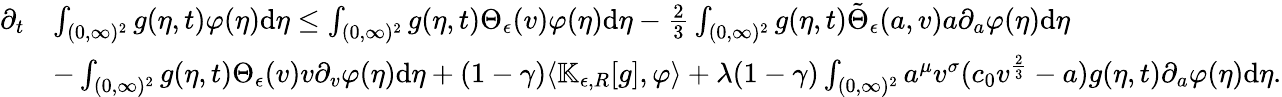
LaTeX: \begin{array}{rl}{\partial_{t}}&{\int_{(0,\infty)^{2}}g(\eta,t)\varphi(\eta)\textup{d}\eta\leq\int_{(0,\infty)^{2}}g(\eta,t)\Theta_{\epsilon}(v)\varphi(\eta)\textup{d}\eta-\frac{2}{3}\int_{(0,\infty)^{2}}g(\eta,t)\tilde{\Theta}_{\epsilon}(a,v)a\partial_{a}\varphi(\eta)\textup{d}\eta}\\ &{-\int_{(0,\infty)^{2}}g(\eta,t)\Theta_{\epsilon}(v)v\partial_{v}\varphi(\eta)\textup{d}\eta+(1-\gamma)\langle\mathbb{K}_{\epsilon,R}[g],\varphi\rangle+\lambda(1-\gamma)\int_{(0,\infty)^{2}}a^{\mu}v^{\sigma}(c_{0}v^{\frac{2}{3}}-a)g(\eta,t)\partial_{a}\varphi(\eta)\textup{d}\eta.}\end{array}